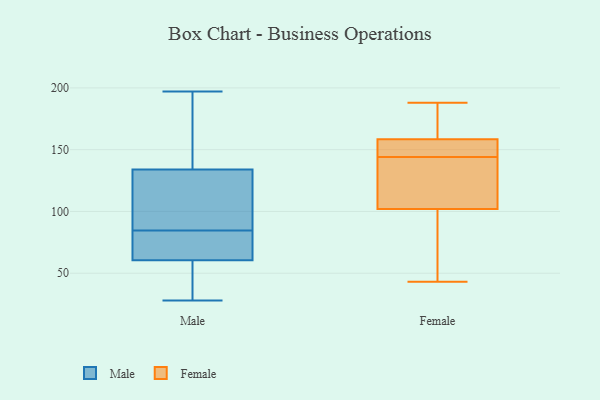
{"axis": {"x": "LTV (USD)", "y": "Value"}, "legend": ["Female", "Male"], "data": [{"x": "", "y": 30, "type": "Male"}, {"x": "", "y": 38, "type": "Male"}, {"x": "", "y": 138, "type": "Male"}, {"x": "", "y": 56, "type": "Male"}, {"x": "", "y": 65, "type": "Male"}, {"x": "", "y": 174, "type": "Male"}, {"x": "", "y": 28, "type": "Male"}, {"x": "", "y": 125, "type": "Male"}, {"x": "", "y": 73, "type": "Male"}, {"x": "", "y": 65, "type": "Male"}, {"x": "", "y": 72, "type": "Male"}, {"x": "", "y": 153, "type": "Male"}, {"x": "", "y": 167, "type": "Male"}, {"x": "", "y": 125, "type": "Male"}, {"x": "", "y": 130, "type": "Male"}, {"x": "", "y": 90, "type": "Male"}, {"x": "", "y": 106, "type": "Male"}, {"x": "", "y": 38, "type": "Male"}, {"x": "", "y": 79, "type": "Male"}, {"x": "", "y": 197, "type": "Male"}, {"x": "", "y": 148, "type": "Female"}, {"x": "", "y": 141, "type": "Female"}, {"x": "", "y": 183, "type": "Female"}, {"x": "", "y": 79, "type": "Female"}, {"x": "", "y": 53, "type": "Female"}, {"x": "", "y": 162, "type": "Female"}, {"x": "", "y": 89, "type": "Female"}, {"x": "", "y": 146, "type": "Female"}, {"x": "", "y": 174, "type": "Female"}, {"x": "", "y": 144, "type": "Female"}, {"x": "", "y": 147, "type": "Female"}, {"x": "", "y": 144, "type": "Female"}, {"x": "", "y": 43, "type": "Female"}, {"x": "", "y": 144, "type": "Female"}, {"x": "", "y": 188, "type": "Female"}]}